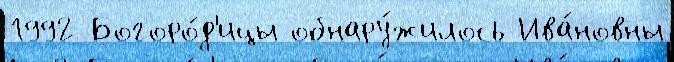
1992 Богоро́д'ицы обнару́жилось Ива́новны